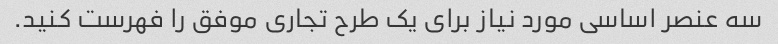
سه عنصر اساسی مورد نیاز برای یک طرح تجاری موفق را فهرست کنید.